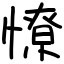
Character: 憭